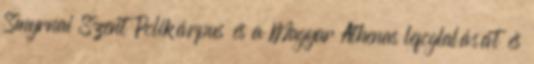
Smyrnai Szent Polikárpus és a Magyar Athenas lefoglalását és